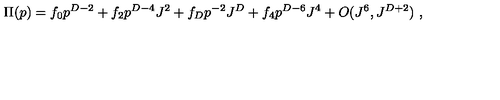
\Pi ( p ) = f _ { 0 } p ^ { D - 2 } + f _ { 2 } p ^ { D - 4 } J ^ { 2 } + f _ { D } p ^ { - 2 } J ^ { D } + f _ { 4 } p ^ { D - 6 } J ^ { 4 } + O ( J ^ { 6 } , J ^ { D + 2 } ) \ ,